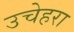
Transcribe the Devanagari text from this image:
उचेहरा